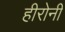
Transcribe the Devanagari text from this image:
हीरोनी